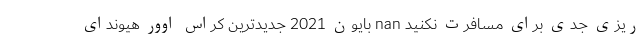
ریزی جدی برای مسافرت نکنید nan بایون 2021 جدیدترین کراس اوور هیوندای